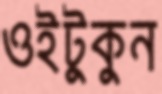
ওইটুকুন